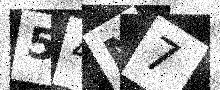
Text: 54M7